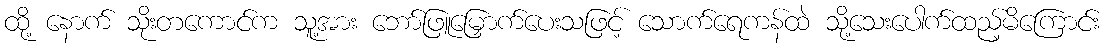
ထို့ နောက် သိုးတကောင်က သူ့အား ဘော်ဖြူမြှောက်ပေးသဖြင့် သောက်ရေကန်ထဲ သို့သေးပေါက်ထည့်မိကြောင်း